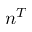
n ^ { T }